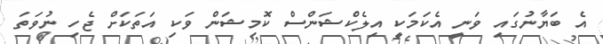
އެ ބަޔާނުގައި ވަނީ އެކަމަކީ އިލެކްޝަންސް ކޮމިޝަން ވަކި އަތަކަށް ޖެހި ނުވަތަ